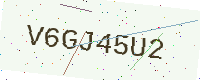
Text: V6GJ45U2